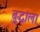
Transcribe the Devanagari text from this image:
बुद्धांला